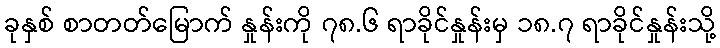
ခုနှစ် စာတတ်မြောက် နှုန်းကို ၇၈.၆ ရာခိုင်နှုန်းမှ ၁၈.၇ ရာခိုင်နှုန်းသို့